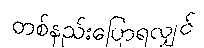
တစ်နည်းပြောရလျှင်